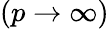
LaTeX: (p\rightarrow\infty)